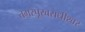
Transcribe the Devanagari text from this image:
तगरपूरवराधीश्वर